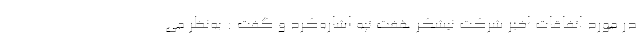
در مورد اتفاقات اخیر شرکت نیشکر هفت تپه اشاره‌کرد و گفت : به‌نظر می